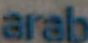
arab